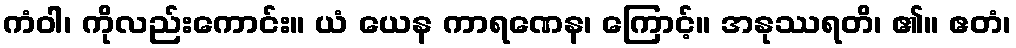
ကံဝါ၊ ကိုလည်းကောင်း။ ယံ ယေန ကာရဏေန၊ ကြောင့်။ အနုဿရတိ၊ ၏။ ဧတံ၊